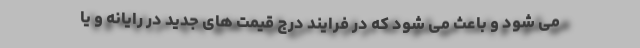
می شود و باعث می شود که در فرایند درج قیمت های جدید در رایانه و یا